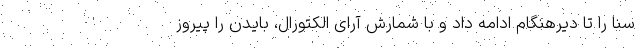
سنا را تا دیرهنگام ادامه داد و با شمارش آرای الکتورال، بایدن را پیروز